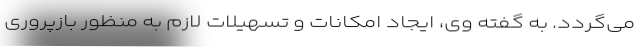
می‌گردد. به گفته وی، ایجاد امکانات و تسهیلات لازم به منظور بازپروری